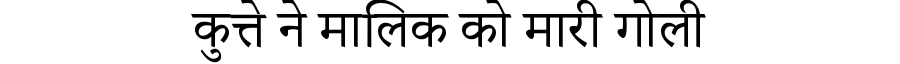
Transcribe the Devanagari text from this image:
कुत्ते ने मालिक को मारी गोली